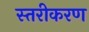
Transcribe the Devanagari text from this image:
स्‍तरीकरण